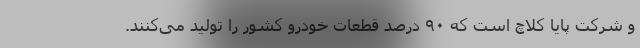
و شرکت پایا کلاچ است که ۹۰ درصد قطعات خودرو کشور را تولید می‌کنند.